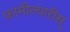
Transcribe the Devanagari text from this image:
फ़ामील्यारीस्